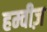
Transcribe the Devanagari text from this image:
हम्वीज़